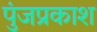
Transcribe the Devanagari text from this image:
पुंजप्रकाश